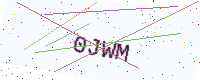
Text: 0JWM